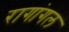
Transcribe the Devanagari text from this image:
रागांगल